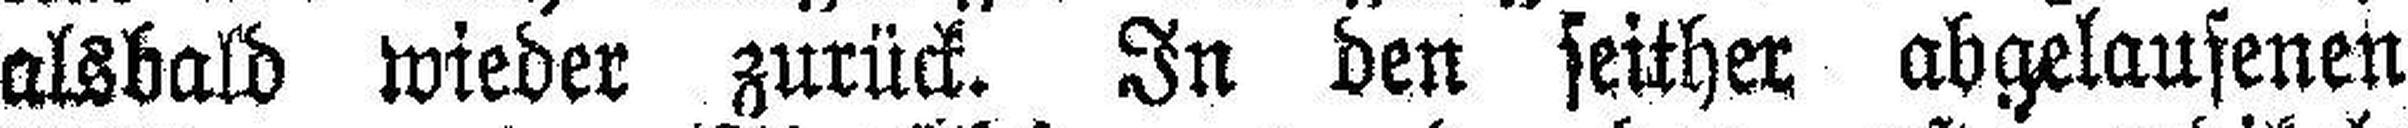
alsbald wieder zurück. In den seither abgelaufenen